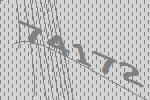
74172